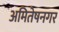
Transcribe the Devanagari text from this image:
अमितेषनगर